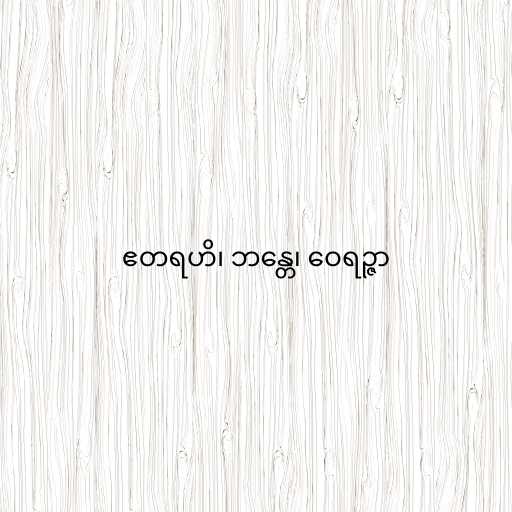
ဧတရဟိ၊ ဘန္တေ၊ ဝေရဉ္ဇာ